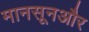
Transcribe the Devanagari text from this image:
मानसूनऔर